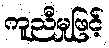
ကူညီမှုဖြင့်